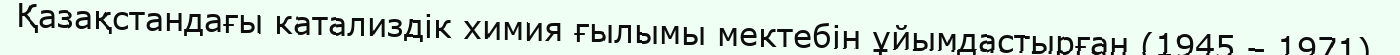
Қазақстандағы катализдік химия ғылымы мектебін ұйымдастырған (1945 – 1971).